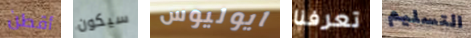
أقطن سيكون ايوليوس تعرفنا التسليم